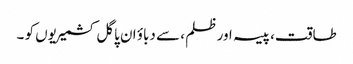
طاقت، پیسہ اور ظلم ، سے دباؤ ان پاگل کشمیریوں کو ۔